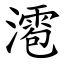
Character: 㵡